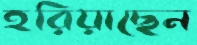
হরিয়াছেন